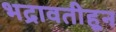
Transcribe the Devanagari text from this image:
भद्रावतीहून